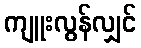
ကျူးလွန်လျှင်